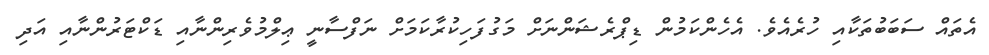
އެތައް ސަބަބުތަކާއި ހުރެއެވެ. އެހެންކަމުން ޑިޕްރެޝަންނަށް މަގުފަހިކުރާކަމަށް ނަފްސާނީ ޢިލްމުވެރިންނާއި ޑަކްޓަރުންނާއި އަދި